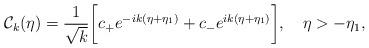
LaTeX: \begin{align*}{\cal C}_{k}(\eta) = \frac{1}{\sqrt{k}}\biggl[ c_{+} e^{ - i k (\eta +\eta_1) } + c_{-} e^{ i k (\eta +\eta_1) }\biggr],~~~\eta>-\eta_1,\end{align*}